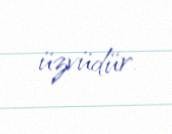
üzvüdür.